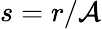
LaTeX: s=r/\mathcal{A}